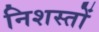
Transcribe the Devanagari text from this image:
निशस्तों